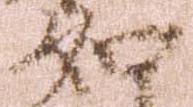
如